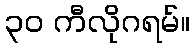
၃၀ ကီလိုဂရမ်။